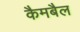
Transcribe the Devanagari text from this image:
कैमबैल